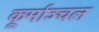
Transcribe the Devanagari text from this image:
कूर्माञ्चल